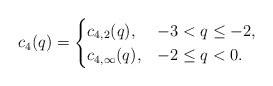
\begin{align*}c_{4}(q) = \begin{cases} c_{4,2}(q), & -3 < q \leq -2, \\ c_{4,\infty}(q), & -2 \leq q < 0. \end{cases}\end{align*}